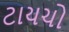
ટાયચો